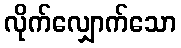
လိုက်လျှောက်သော